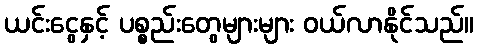
ယင်းငွေနှင့် ပစ္စည်းတွေများများ ဝယ်လာနိုင်သည်။